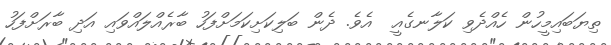
ތިޔަބައިމީހުން ހެއްދެވި ކަލާނގެއީ  އެވެ. ދެން ބަލިކަށިކަމަށްފަހު ބާރެއްލައްވައި އަދި ބާރަށްފަހު